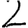
Digit: 2